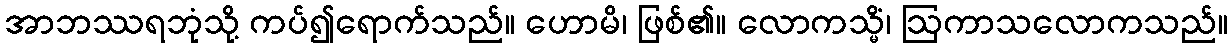
အာဘဿရဘုံသို့ ကပ်၍ရောက်သည်။ ဟောမိ၊ ဖြစ်၏။ လောကသ္မိံ၊ ဩကာသလောကသည်။